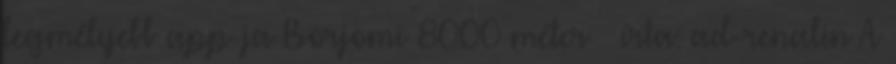
legmélyebb app-ja Borjomi 8000 méter – írta: ad-renalin A